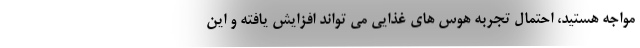
مواجه هستید، احتمال تجربه هوس های غذایی می تواند افزایش یافته و این